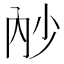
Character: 𭁧